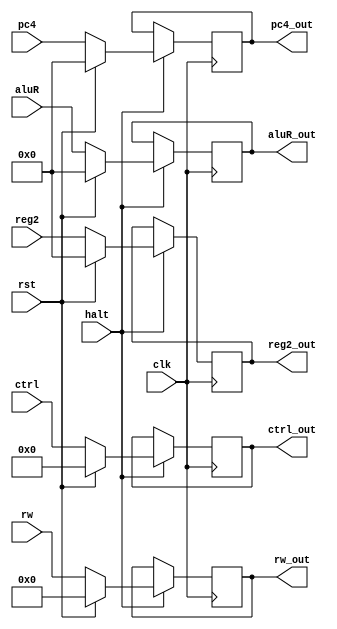
module EX_MEM(
	clk,rst,halt,
	rw,ctrl,aluR,reg2,pc4,
	aluR_out,reg2_out,pc4_out,
	rw_out,ctrl_out
    );
	input clk,rst,halt;
	input [4:0]rw;
	input [21:0]ctrl;
	input [31:0]aluR,reg2,pc4;
	output reg [31:0]aluR_out,reg2_out,pc4_out;
	output reg [4:0]rw_out;
	output reg [21:0]ctrl_out;
	always @(posedge clk) begin
		if(halt) begin//?0?
			if(rst) begin
				aluR_out <= 0;
				reg2_out <= 0;
				pc4_out <= 0;
				rw_out <= 0;
				ctrl_out <= 0;
			end
			else begin
				aluR_out <= aluR;
				reg2_out <= reg2;
				pc4_out <= pc4;
				rw_out <= rw;
				ctrl_out <= ctrl;
			end
		end
		else begin
			aluR_out <= aluR_out;
			reg2_out <= reg2_out;
			pc4_out <= pc4_out;
			rw_out <= rw_out;
			ctrl_out <= ctrl_out;
		end
	end
endmodule